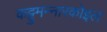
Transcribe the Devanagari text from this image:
कट्टुमन्नारकोइल